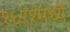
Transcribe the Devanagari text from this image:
१६९१मध्ये